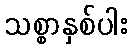
သစ္စာနှစ်ပါး